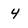
Character: 4